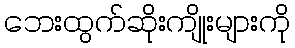
ဘေးထွက်ဆိုးကျိုးများကို